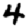
Digit: 4